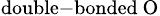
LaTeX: _{\mathrm{double-bonded\ O}}